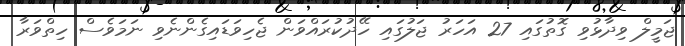
ޖަމީލް ވިދާޅުވި ގޮތުގައި 27 އަހަރު ޖަލުގައި ހޭދުކުރައްވަން ޖެހިވަޑައިގެންނެވި ނަމަވެސް ހިތްވަރާ